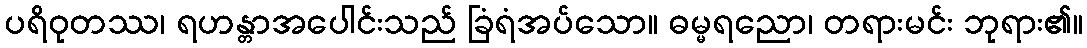
ပရိဝုတဿ၊ ရဟန္တာအပေါင်းသည် ခြံရံအပ်သော။ ဓမ္မရညော၊ တရားမင်း ဘုရား၏။